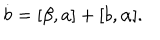
LaTeX: \dot { b } = [ \beta , a ] + [ b , \alpha ] .